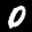
Label: 0